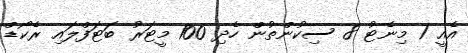
އެއީ 1 މިނެޓު 8 ސިކުންތުން ހެދި 100 މީޓަރު ބަޓަފްލައި ރެކޯޑް